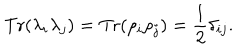
LaTeX: \mathrm { T r } ( \lambda _ { i } \lambda _ { j } ) = \mathrm { T r } ( \rho _ { i } \rho _ { j } ) = \frac 1 2 \delta _ { i j } .